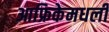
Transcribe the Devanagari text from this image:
आफ्रिकेमधली